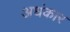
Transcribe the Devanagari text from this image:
अधंकार